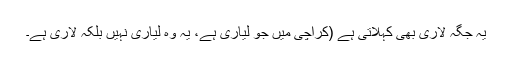
یہ جگہ لاری بھی کہلاتی ہے (کراچی میں جو لیاری ہے، یہ وہ لیاری نہیں بلکہ لاری ہے۔